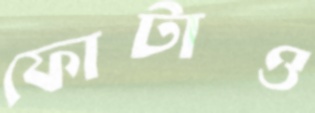
ফোটাও